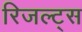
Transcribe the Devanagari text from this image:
रिजल्ट्स